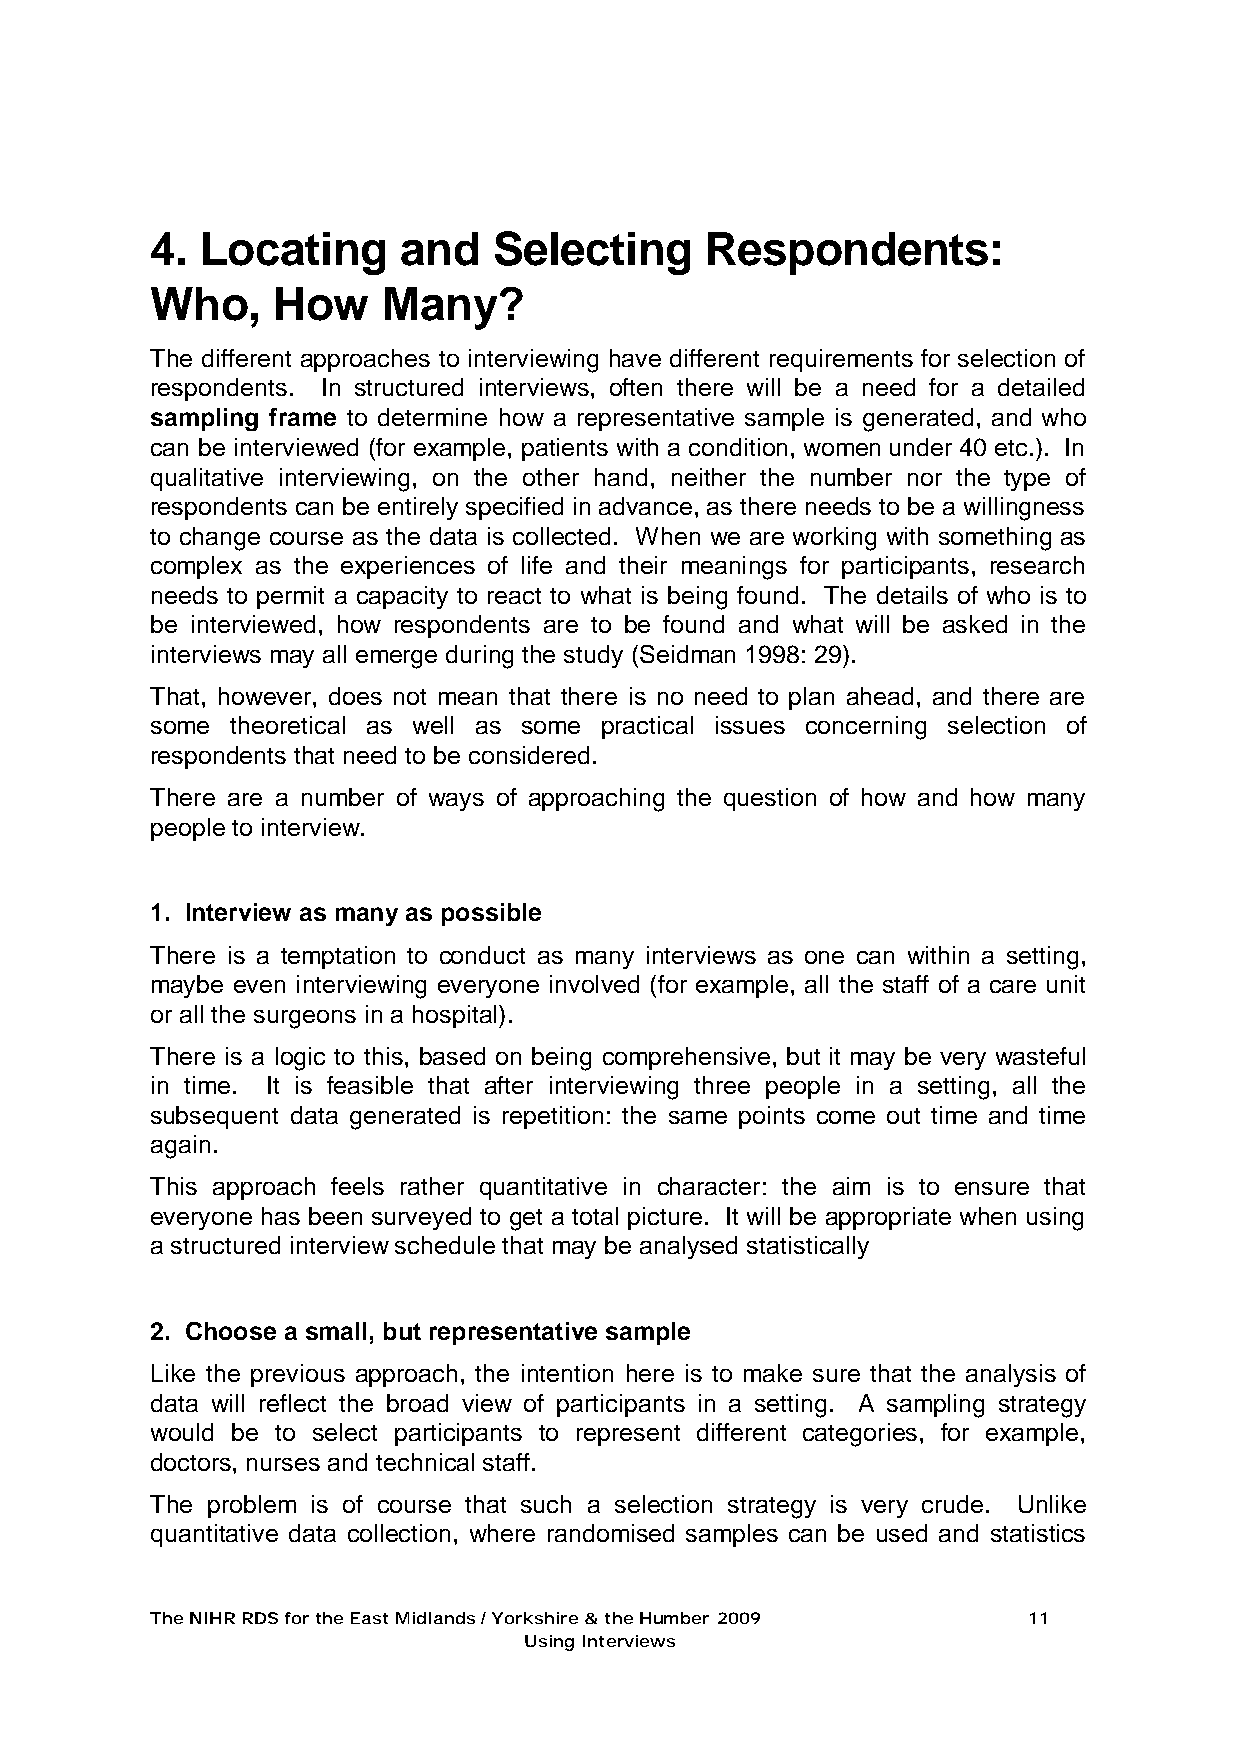
4. Locating      and   Selecting     Respondents:
 Who,    How    Many?
 The different approaches to interviewing have different requirements for selection of
 respondents. In structured interviews, often there will be a need for a detailed
 sampling frame to determine how a representative sample is generated, and who
 can be interviewed (for example, patients with a condition, women under 40 etc.). In
 qualitative interviewing, on the other hand, neither the number nor the type of
 respondents can be entirely specified in advance, as there needs to be a willingness
 to change course as the data is collected. When we are working with something as
 complex as the experiences of life and their meanings for participants, research
 needs to permit a capacity to react to what is being found. The details of who is to
 be interviewed, how respondents are to be found and what will be asked in the
 interviews may all emerge during the study (Seidman 1998: 29).
 That, however, does not mean that there is no need to plan ahead, and there are
 some theoretical as well as some practical issues concerning selection of
 respondents that need to be considered.
 There are a number of ways of approaching the question of how and how many
 people to interview.
 1. Interview as many as possible
 There is a temptation to conduct as many interviews as one can within a setting,
 maybe even interviewing everyone involved (for example, all the staff of a care unit
 or all the surgeons in a hospital).
 There is a logic to this, based on being comprehensive, but it may be very wasteful
 in time. It is feasible that after interviewing three people in a setting, all the
 subsequent data generated is repetition: the same points come out time and time
 again.
 This approach feels rather quantitative in character: the aim is to ensure that
 everyone has been surveyed to get a total picture. It will be appropriate when using
 a structured interview schedule that may be analysed statistically
 2. Choose a small, but representative sample
 Like the previous approach, the intention here is to make sure that the analysis of
 data will reflect the broad view of participants in a setting. A sampling strategy
 would be to select participants to represent different categories, for example,
 doctors, nurses and technical staff.
 The problem is of course that such a selection strategy is very crude. Unlike
 quantitative data collection, where randomised samples can be used and statistics
 The NIHR RDS for the East Midlands / Yorkshire & the Humber 2009 11
 Using Interviews